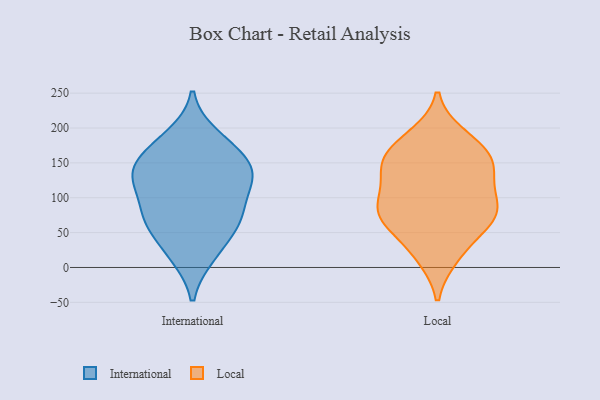
{"axis": {"x": "Churn Rate (%)", "y": "Value"}, "legend": ["International", "Local"], "data": [{"x": "", "y": 17, "type": "International"}, {"x": "", "y": 67, "type": "International"}, {"x": "", "y": 67, "type": "International"}, {"x": "", "y": 167, "type": "International"}, {"x": "", "y": 149, "type": "International"}, {"x": "", "y": 129, "type": "International"}, {"x": "", "y": 87, "type": "International"}, {"x": "", "y": 73, "type": "International"}, {"x": "", "y": 188, "type": "International"}, {"x": "", "y": 136, "type": "International"}, {"x": "", "y": 134, "type": "International"}, {"x": "", "y": 124, "type": "International"}, {"x": "", "y": 123, "type": "International"}, {"x": "", "y": 176, "type": "International"}, {"x": "", "y": 61, "type": "International"}, {"x": "", "y": 20, "type": "International"}, {"x": "", "y": 88, "type": "Local"}, {"x": "", "y": 182, "type": "Local"}, {"x": "", "y": 88, "type": "Local"}, {"x": "", "y": 79, "type": "Local"}, {"x": "", "y": 15, "type": "Local"}, {"x": "", "y": 114, "type": "Local"}, {"x": "", "y": 141, "type": "Local"}, {"x": "", "y": 148, "type": "Local"}, {"x": "", "y": 60, "type": "Local"}, {"x": "", "y": 73, "type": "Local"}, {"x": "", "y": 100, "type": "Local"}, {"x": "", "y": 146, "type": "Local"}, {"x": "", "y": 54, "type": "Local"}, {"x": "", "y": 143, "type": "Local"}, {"x": "", "y": 18, "type": "Local"}, {"x": "", "y": 189, "type": "Local"}, {"x": "", "y": 172, "type": "Local"}, {"x": "", "y": 156, "type": "Local"}, {"x": "", "y": 73, "type": "Local"}]}